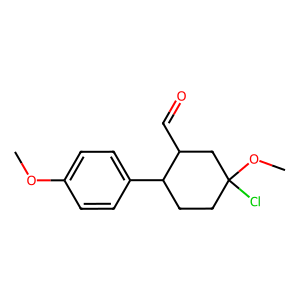
SMILES: COc1ccc(C2CCC(Cl)(OC)CC2C=O)cc1
Inhibits HIV replication: No